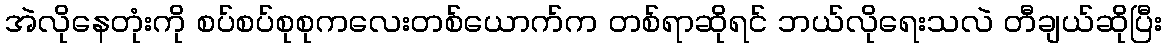
အဲလိုနေတုံးကို စပ်စပ်စုစုကလေးတစ်ယောက်က တစ်ရာဆိုရင် ဘယ်လိုရေးသလဲ တီချယ်ဆိုပြီး